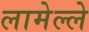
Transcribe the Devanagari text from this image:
लामेल्ले